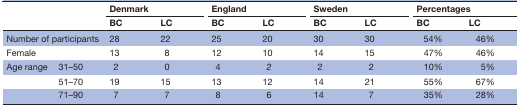
<table><thead><tr><td rowspan="2" colspan="2"></td><td colspan="2"><b>Denmark</b></td><td colspan="2"><b>England</b></td><td colspan="2"><b>Sweden</b></td><td colspan="2"><b>Percentages</b></td></tr><tr><td><b>BC</b></td><td><b>LC</b></td><td><b>BC</b></td><td><b>LC</b></td><td><b>BC</b></td><td><b>LC</b></td><td><b>BC</b></td><td><b>LC</b></td></tr></thead><tbody><tr><td colspan="2">Number of participants</td><td>28</td><td>22</td><td>25</td><td>20</td><td>30</td><td>30</td><td>54%</td><td>46%</td></tr><tr><td colspan="2">Female</td><td>13</td><td>8</td><td>12</td><td>10</td><td>14</td><td>15</td><td>47%</td><td>46%</td></tr><tr><td>Age range</td><td>31–50</td><td>2</td><td>0</td><td>4</td><td><i>2</i></td><td>2</td><td>2</td><td>10%</td><td>5%</td></tr><tr><td></td><td>51–70</td><td>19</td><td>15</td><td>13</td><td>12</td><td>14</td><td>21</td><td>55%</td><td>67%</td></tr><tr><td></td><td>71–90</td><td>7</td><td>7</td><td>8</td><td>6</td><td>14</td><td>7</td><td>35%</td><td>28%</td></tr></tbody></table>